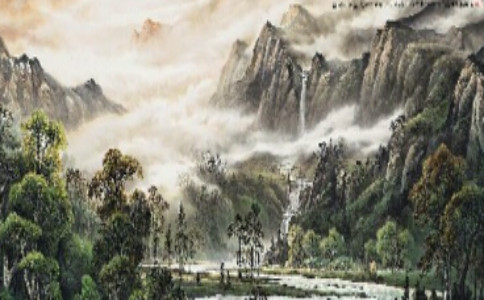
孤山寺北贾亭西，水面初平云脚低。